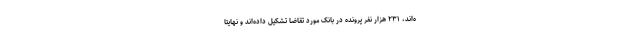
ه‌اند، ۲۳۱ هزار نفر پرونده در بانک مورد تقاضا تشکیل داده‌اند و نهایتاً